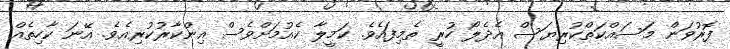
ފޮރުވަން މަސައްކަތްކުރިޔަސް އެދެލޯ ހުރީ ތެމިފައެވެ. ކަމީލާ ކެއުމަށްވެސް އިންކާރުކުރިއެވެ. އޭނަ ކާހިތެއް